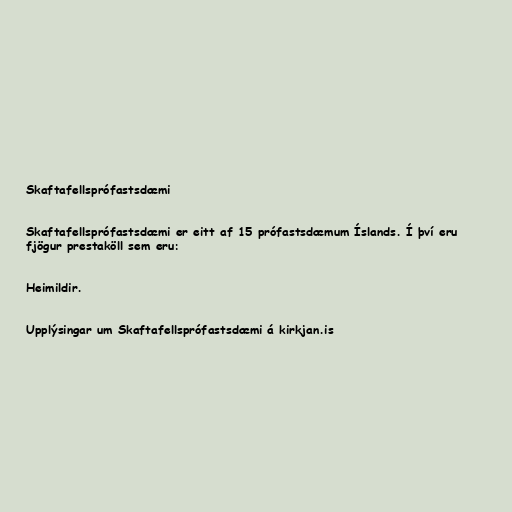
Skaftafellsprófastsdæmi

Skaftafellsprófastsdæmi er eitt af 15 prófastsdæmum Íslands. Í því eru
fjögur prestaköll sem eru:

Heimildir.

Upplýsingar um Skaftafellsprófastsdæmi á kirkjan.is